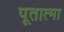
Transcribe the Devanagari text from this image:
पूतात्मा